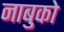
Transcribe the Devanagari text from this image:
नाबुको